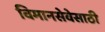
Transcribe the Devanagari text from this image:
विमानसेवेसाठी